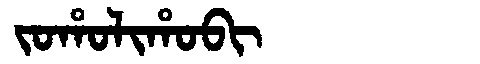
Manchu: ᠵᠣᡥᠣᠯᡳᡥᠣᠪᡳ
Romanization: JOHOLIHOBI